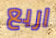
اربع